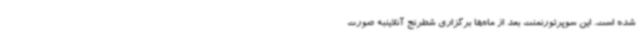
شده است. این سوپرتورنمنت بعد از ماه‌ها برگزاری شطرنج آنلاینبه صورت